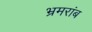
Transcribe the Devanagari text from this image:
भ्रमरांब